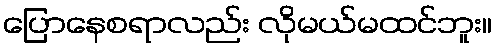
ပြောနေစရာလည်း လိုမယ်မထင်ဘူး။